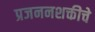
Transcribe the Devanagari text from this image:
प्रजननशक्तीचे